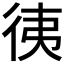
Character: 𢓡